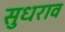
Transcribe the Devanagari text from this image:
सुधराव